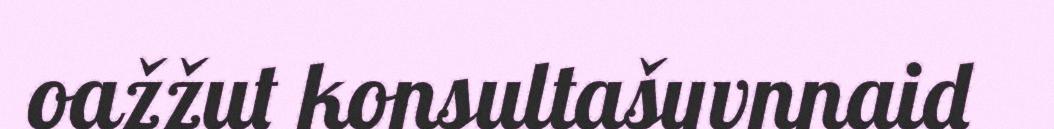
oažžut konsultašuvnnaid